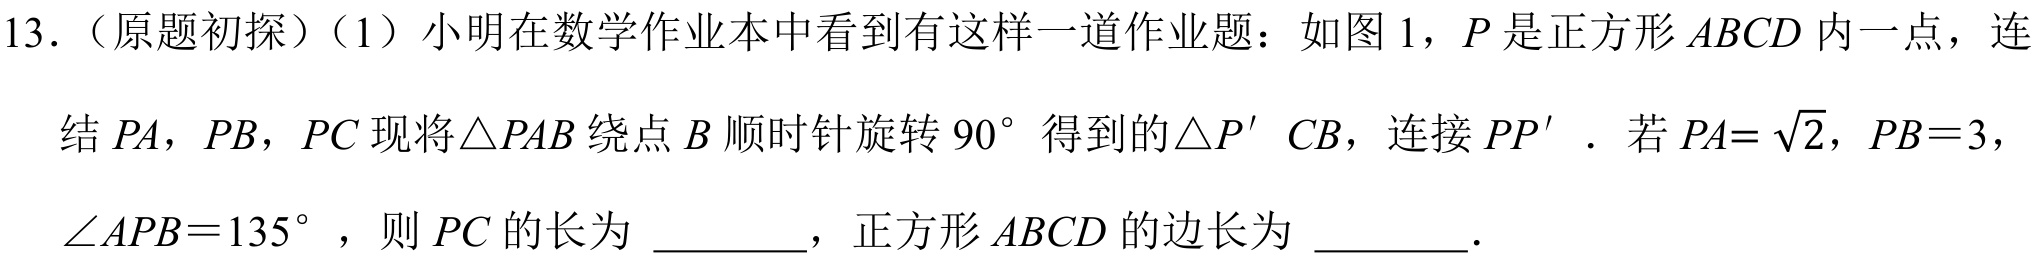
13.（原题初探）（1）小明在数学作业本中看到有这样一道作业题：如图 1，\(P\)是正方形 \(ABCD\)内一点，连
结 \(PA\)，\(PB\)，\(PC\)现将\(\triangle PAB\)绕点 \(B\)顺时针旋转 \(90^{\circ}\)得到的\(\triangle P'CB\)，连接 \(PP'\)．若\(PA = \sqrt{2}\)，\(PB = 3\)，
\(\angle APB = 135^{\circ}\)，则 \(PC\)的长为 \underline{\qquad}，正方形 \(ABCD\)的边长为 \underline{\qquad}．